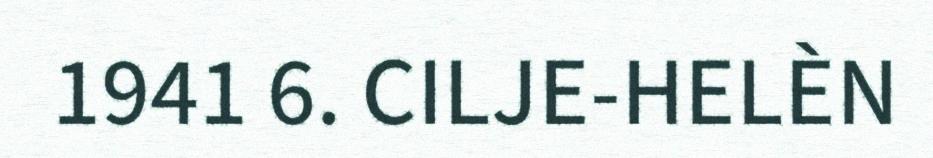
1941 6. CILJE-HELÈN